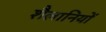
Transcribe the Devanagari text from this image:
शैलानियों